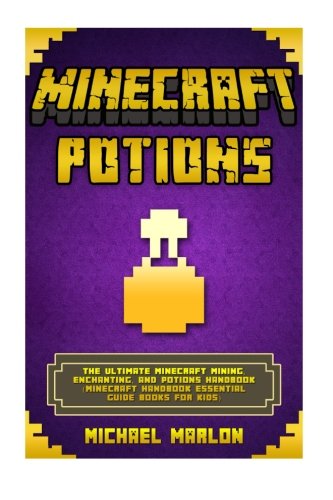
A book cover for Minecraft: Minecraft Potions Handbook:  The Ultimate Minecraft Mining, Enchanting, and Potions Handbook (Minecraft Handbook Essential Guide Books for Kids) (minecraft potions, minecraft handbook); Michael Marlon; Humor & Entertainment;